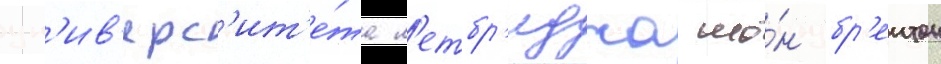
ун'ив'ерс'ит'е́та л'етбр'иджа шо́н бр'еитон